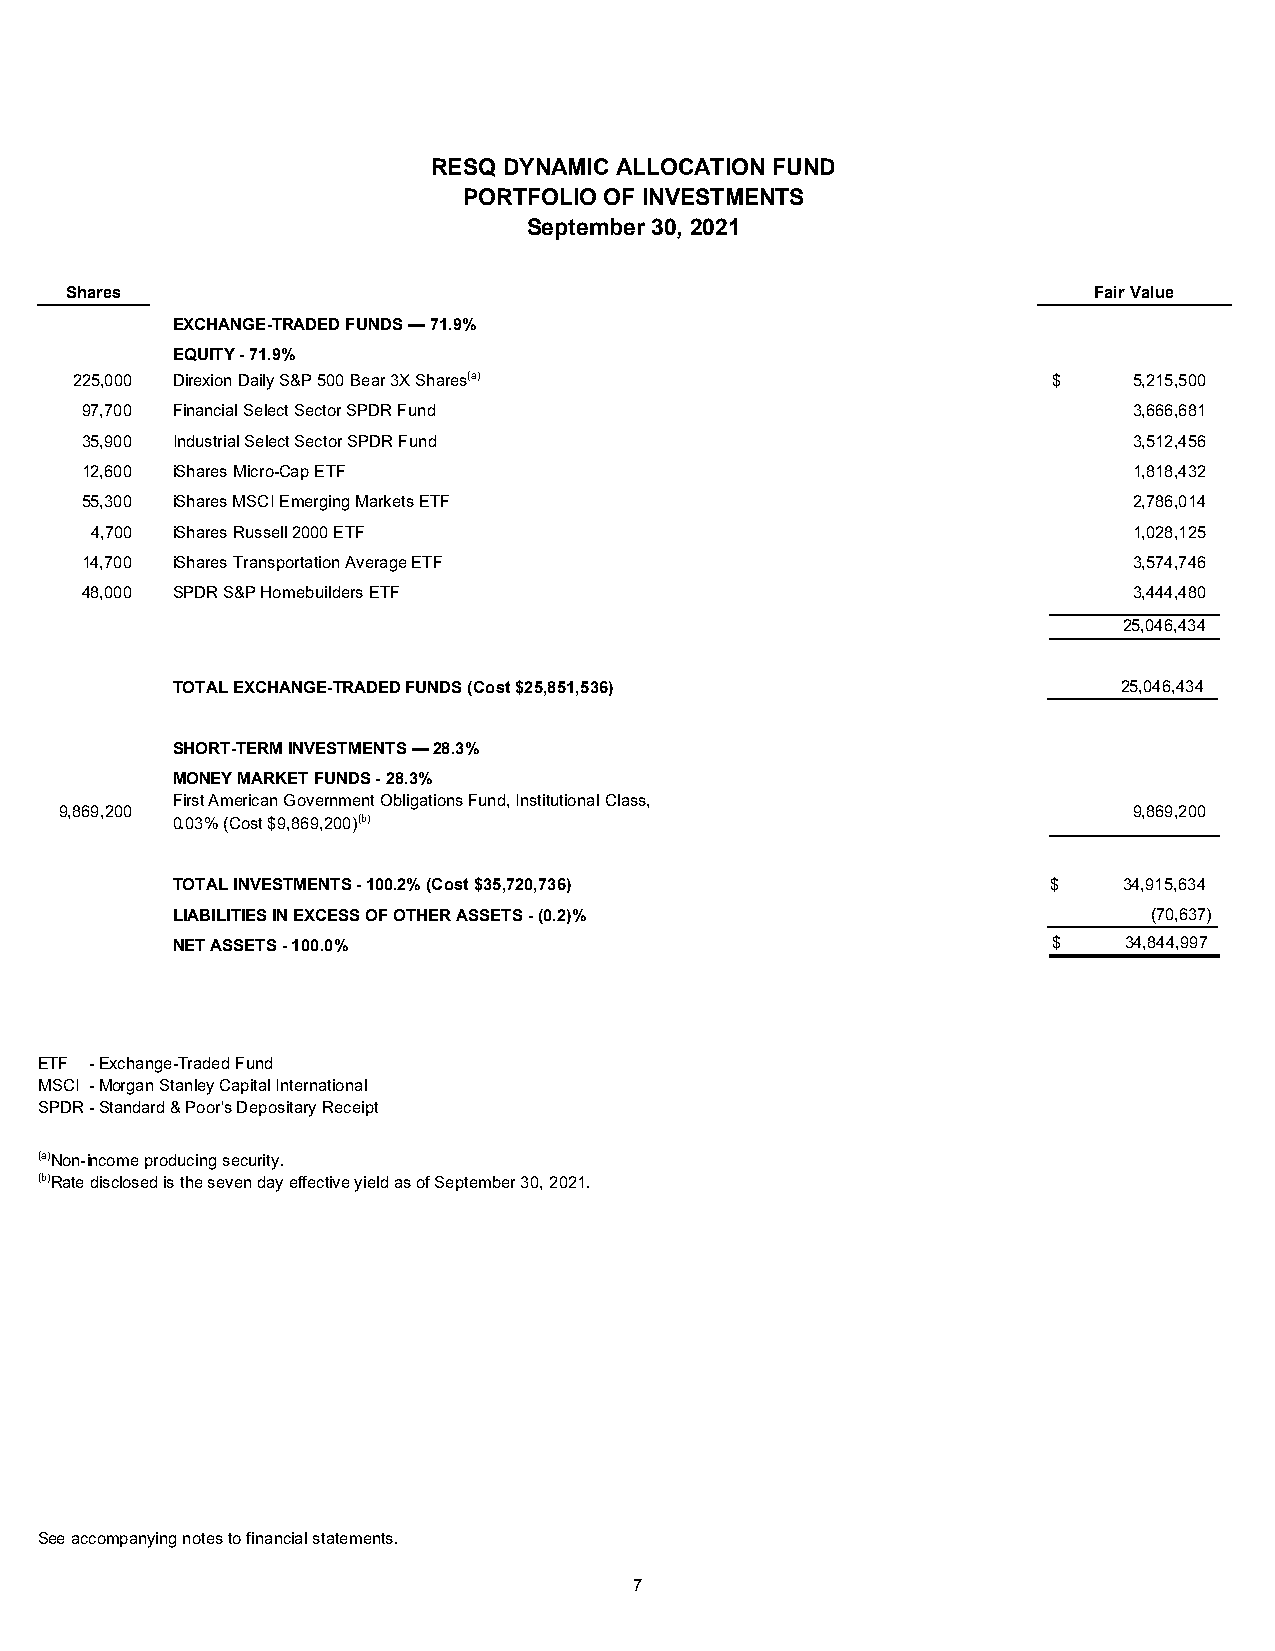
RESQ DYNAMIC ALLOCATION FUND
 PORTFOLIO OF INVESTMENTS
 September 30, 2021
 Shares                                                              Fair Value
 EXCHANGE-TRADED FUNDS — 71.9%
 EQUITY - 71.9%
 225,000 Direxion Daily S&P 500 Bear 3X Shares(a)                 $    5,215,500
 97,700 Financial Select Sector SPDR Fund                              3,666,681
 35,900 Industrial Select Sector SPDR Fund                             3,512,456
 12,600 iShares Micro-Cap ETF                                          1,818,432
 55,300 iShares MSCI Emerging Markets ETF                              2,786,014
 4,700 iShares Russell 2000 ETF                                       1,028,125
 14,700 iShares Transportation Average ETF                             3,574,746
 48,000 SPDR S&P Homebuilders ETF                                      3,444,480
 25,046,434
 TOTAL EXCHANGE-TRADED FUNDS (Cost $25,851,536)                 25,046,434
 SHORT-TERM INVESTMENTS — 28.3%
 MONEY MARKET FUNDS - 28.3%
 First American Government Obligations Fund, Institutional Class,
 9,869,200                                                              9,869,200
 0.03% (Cost $9,869,200)(b)
 TOTAL INVESTMENTS - 100.2% (Cost $35,720,736)              $   34,915,634
 LIABILITIES IN EXCESS OF OTHER ASSETS - (0.2)%                   (70,637)
 NET ASSETS - 100.0%                                        $   34,844,997
 ETF - Exchange-Traded Fund
 MSCI - Morgan Stanley Capital International
 SPDR - Standard & Poor's Depositary Receipt
 (a) Non-income producing security.
 (b) Rate disclosed is the seven day effective yield as of September 30, 2021.
 See accompanying notes to financial statements.
 7